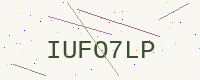
Text: IUFO7LP